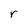
Character: r